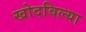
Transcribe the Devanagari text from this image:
खोदविल्या